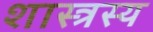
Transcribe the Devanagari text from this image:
शास्त्रस्य